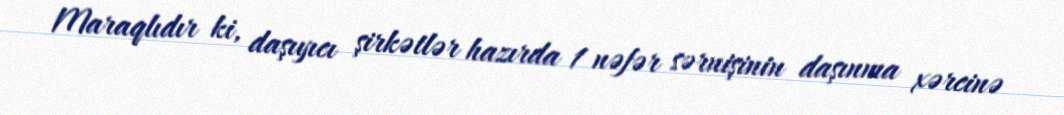
Maraqlıdır ki, daşıyıcı şirkətlər hazırda 1 nəfər sərnişinin daşınma xərcinə